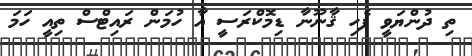
ތި ދުންޔަވީ ފެހި ޤާނޫނާ ޑިމޮކްރަސީ އާ ހުމަން ރައިޓްސް ތިއީ ހަމަ